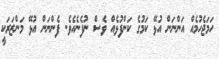
ހަމަޖެހުމެއް އަންނަން އުޅޭ ކަމުގެ ކަންފުޅެއް ވެސް ނުފެނެއެވެ. ފެންނަން އުޅޭ މަންޒަރަކީ